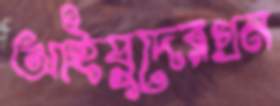
আইয়ুদেরগ্রন